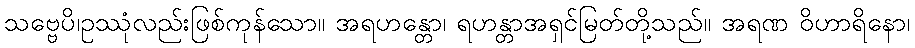
သဗ္ဗေပိ၊ဥဿုံလည်းဖြစ်ကုန်သော။ အရဟန္တော၊ ရဟန္တာအရှင်မြတ်တို့သည်။ အရဏ ဝိဟာရိနော၊